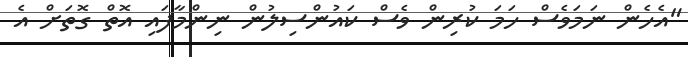
"އެހެން ނަމަވެސް ހަމަ ކުރިން ވެސް ކައުންސިލުން ނިންމާފައި އޮތް ގޮތަށް އެ